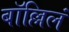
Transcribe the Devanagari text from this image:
बॉल्लिलं